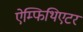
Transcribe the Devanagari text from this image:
ऐम्फिथिएटर